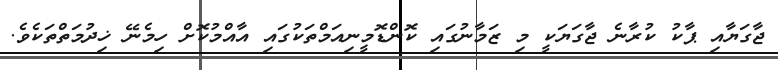
ޖާގަޔާއި ޕާކު ކުރާނެ ޖާގަޔަކީ މި ޒަމާނުގައި ކޮންޑޮމީނިއަމްތަކުގައި އާއްމުކޮށް ހިމެނޭ ޚިދުމަތްތަކެވެ.